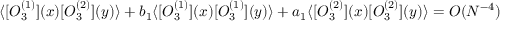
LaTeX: \langle [ O _ { 3 } ^ { ( 1 ) } ] ( x ) [ O _ { 3 } ^ { ( 2 ) } ] ( y ) \rangle + b _ { 1 } \langle [ O _ { 3 } ^ { ( 1 ) } ] ( x ) [ O _ { 3 } ^ { ( 1 ) } ] ( y ) \rangle + a _ { 1 } \langle [ O _ { 3 } ^ { ( 2 ) } ] ( x ) [ O _ { 3 } ^ { ( 2 ) } ] ( y ) \rangle = O ( N ^ { - 4 } )